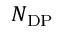
N _ { \mathrm { D P } }